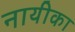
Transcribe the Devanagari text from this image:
नायीका